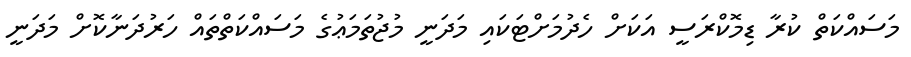
މަސައްކަތް ކުރާ ޑިމޮކްރަސީ އަކަށް ހެދުމަށްޓަކައި މަދަނީ މުޖުތަމަޢުގެ މަސައްކަތްތައް ހަރުދަނާކޮށް މަދަނީ